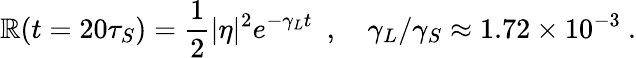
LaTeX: \mathbb{R}(t=20\tau_{S})={\frac{{1}}{{2}}}|\eta|^{2}e^{-\gamma_{L}t}\enspace,\quad\gamma_{L}/\gamma_{S}\approx1.72\times10^{-3}\ .